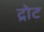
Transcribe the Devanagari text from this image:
द्रोट